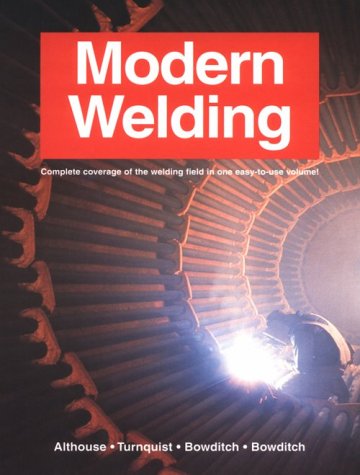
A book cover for Modern Welding; Andrew Daniel Althouse; Science & Math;